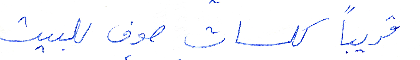
قريباً كلسات صوف للبيت